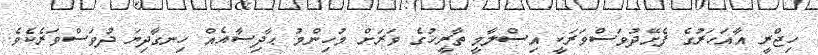
ހިޖްރީ އާއަހަރުގެ ފެށޭދުވަސްވަރަކީ އިސްލާމީ ތާރީޚުގެ ވަރަށް މުހިންމު ޙާދިސާއެއް ހިނގާދިޔަ ދުވަސްވަރެކެވެ.